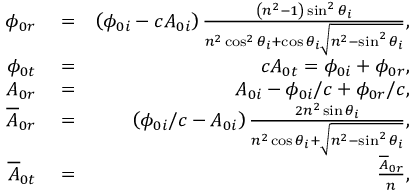
\begin{array} { r l r } { \phi _ { 0 r } } & { { } = } & { \left( \phi _ { 0 i } - c A _ { 0 i } \right) \frac { \left( n ^ { 2 } - 1 \right) \sin ^ { 2 } \theta _ { i } } { n ^ { 2 } \cos ^ { 2 } \theta _ { i } + \cos \theta _ { i } \sqrt { n ^ { 2 } - \sin ^ { 2 } \theta _ { i } } } , } \\ { \phi _ { 0 t } } & { { } = } & { c A _ { 0 t } = \phi _ { 0 i } + \phi _ { 0 r } , } \\ { A _ { 0 r } } & { { } = } & { A _ { 0 i } - \phi _ { 0 i } / c + \phi _ { 0 r } / c , } \\ { \overline { { A } } _ { 0 r } } & { { } = } & { \left( \phi _ { 0 i } / c - A _ { 0 i } \right) \frac { 2 n ^ { 2 } \sin \theta _ { i } } { n ^ { 2 } \cos \theta _ { i } + \sqrt { n ^ { 2 } - \sin ^ { 2 } \theta _ { i } } } , } \\ { \overline { { A } } _ { 0 t } } & { { } = } & { \frac { \overline { { A } } _ { 0 r } } { n } , } \end{array}